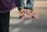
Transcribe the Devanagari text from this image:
ओइदो